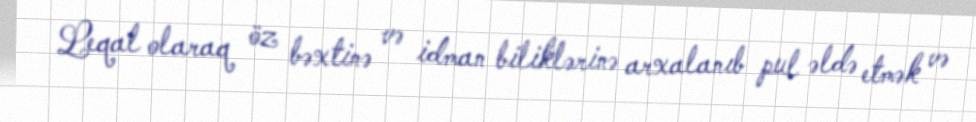
Leqal olaraq öz bəxtinə və idman biliklərinə arxalanıb pul əldə etmək və